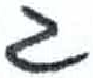
אות: ג